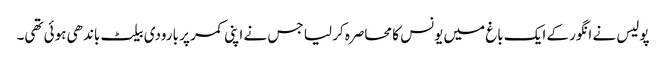
پولیس نے انگور کے ایک باغ میں یونس کا محاصرہ کر لیا جس نے اپنی کمر پر بارودی بیلٹ باندھی ہوئی تھی۔